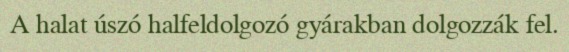
A halat úszó halfeldolgozó gyárakban dolgozzák fel.